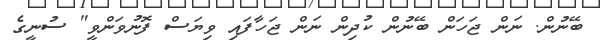
ބޭނުން. ނަން ޖަހަން ބޭނުން ކުދިން ނަން ޖަހާފައި ވިޔަސް ފޮނުވަންވީ" ސުނީގެ